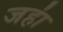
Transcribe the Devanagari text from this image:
जहा॑